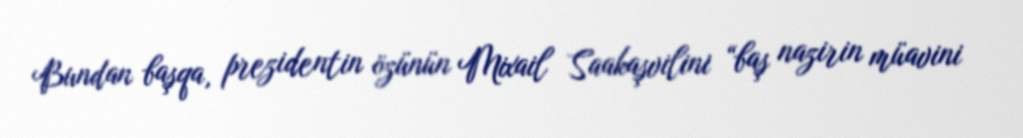
Bundan başqa, prezidentin özünün Mixail Saakaşvilini “baş nazirin müavini